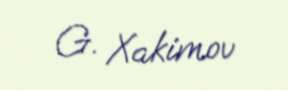
G. Xakimov